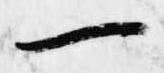
一